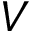
V